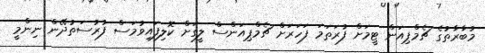
މުބާރާތުގެ ޗެމްޕިއަން ޓީމަށް ފުރަތަމަ ފަހަރަށް ޗެމްޕިއަންސް ލީގަށް ކޮލިފައިވުމަސް ފުރުސަތުދޭން ނިންމީ